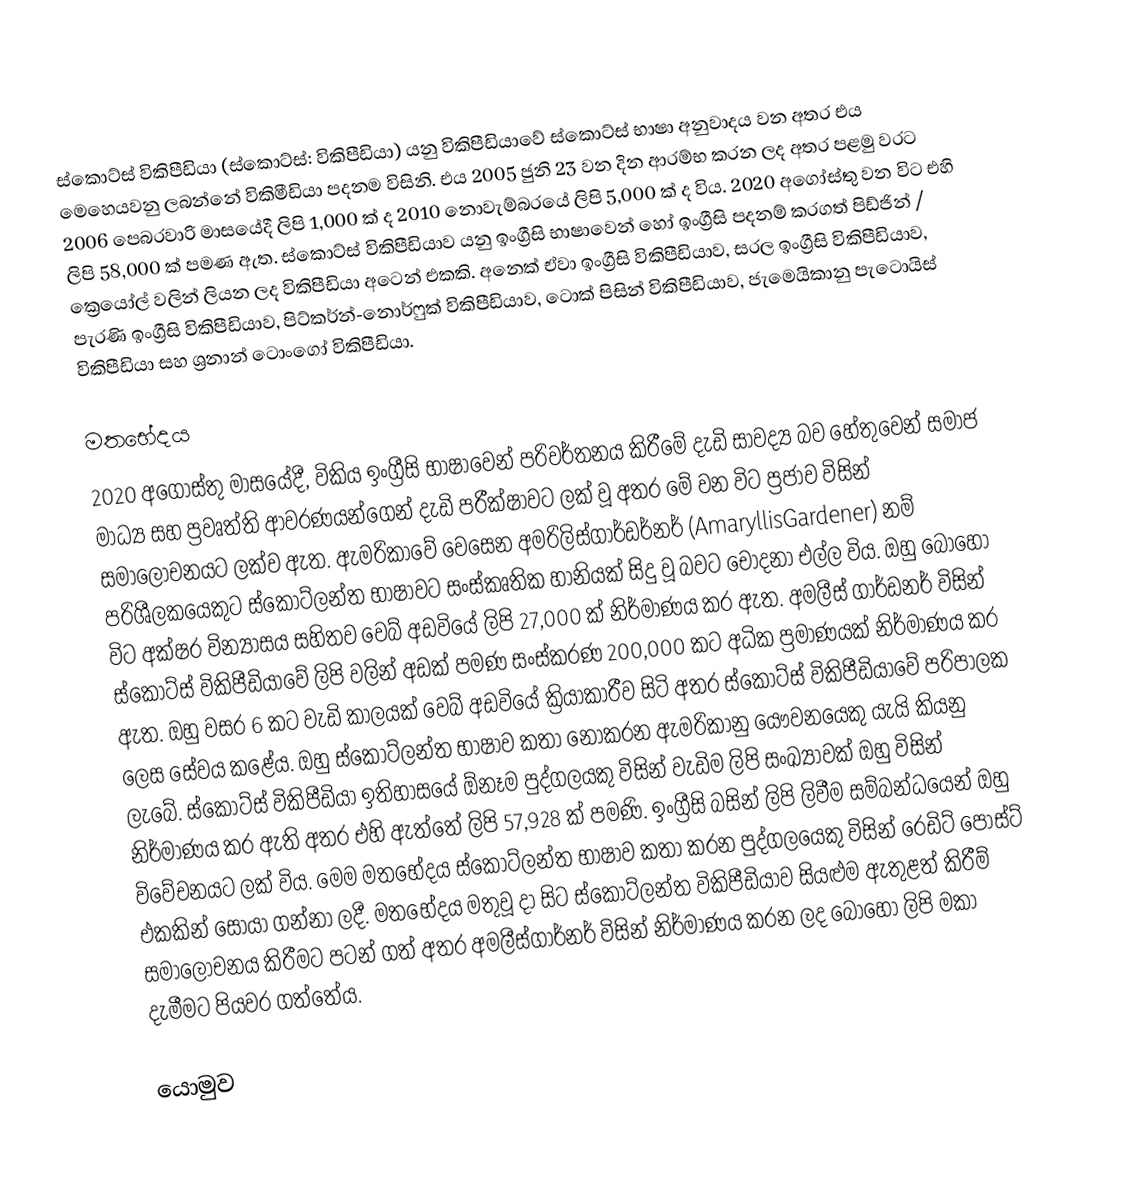
ස්කොට්ස් විකිපීඩියා (ස්කොට්ස්: විකිපීඩියා) යනු විකිපීඩියාවේ ස්කොට්ස් භාෂා අනුවාදය වන අතර එය මෙහෙයවනු ලබන්නේ විකිමීඩියා පදනම විසිනි. එය 2005 ජුනි 23 වන දින ආරම්භ කරන ලද අතර පළමු වරට 2006 පෙබරවාරි මාසයේදී ලිපි 1,000 ක් ද 2010 නොවැම්බරයේ ලිපි 5,000 ක් ද විය. 2020 අගෝස්තු වන විට එහි ලිපි 58,000 ක් පමණ ඇත. ස්කොට්ස් විකිපීඩියාව යනු ඉංග්‍රීසි භාෂාවෙන් හෝ ඉංග්‍රීසි පදනම් කරගත් පිඩ්ජින් / ක්‍රෙයෝල් වලින් ලියන ලද විකිපීඩියා අටෙන් එකකි. අනෙක් ඒවා ඉංග්‍රීසි විකිපීඩියාව, සරල ඉංග්‍රීසි විකිපීඩියාව, පැරණි ඉංග්‍රීසි විකිපීඩියාව, පිට්කර්න්-නොර්ෆුක් විකිපීඩියාව, ටොක් පිසින් විකිපීඩියාව, ජැමෙයිකානු පැටොයිස් විකිපීඩියා සහ ශ්‍රනාන් ටොංගෝ විකිපීඩියා.

මතභේදය
2020 අගෝස්තු මාසයේදී, විකිය ඉංග්‍රීසි භාෂාවෙන් පරිවර්තනය කිරීමේ දැඩි සාවද්‍ය බව හේතුවෙන් සමාජ මාධ්‍ය සහ ප්‍රවෘත්ති ආවරණයන්ගෙන් දැඩි පරීක්ෂාවට ලක් වූ අතර මේ වන විට ප්‍රජාව විසින් සමාලෝචනයට ලක්ව ඇත. ඇමරිකාවේ වෙසෙන අමරිලිස්ගාර්ඩර්නර් (AmaryllisGardener) නම් පරිශීලකයෙකුට ස්කොට්ලන්ත භාෂාවට සංස්කෘතික හානියක් සිදු වූ බවට චෝදනා එල්ල විය. ඔහු බොහෝ විට අක්ෂර වින්‍යාසය සහිතව වෙබ් අඩවියේ ලිපි 27,000 ක් නිර්මාණය කර ඇත. අමලීස් ගාර්ඩනර් විසින් ස්කොට්ස් විකිපීඩියාවේ ලිපි වලින් අඩක් පමණ සංස්කරණ 200,000 කට අධික ප්‍රමාණයක් නිර්මාණය කර ඇත. ඔහු වසර 6 කට වැඩි කාලයක් වෙබ් අඩවියේ ක්‍රියාකාරීව සිටි අතර ස්කොට්ස් විකිපීඩියාවේ පරිපාලක ලෙස සේවය කළේය. ඔහු ස්කොට්ලන්ත භාෂාව කතා නොකරන ඇමරිකානු යෞවනයෙකු යැයි කියනු ලැබේ. ස්කොට්ස් විකිපීඩියා ඉතිහාසයේ ඕනෑම පුද්ගලයකු විසින් වැඩිම ලිපි සංඛ්‍යාවක් ඔහු විසින් නිර්මාණය කර ඇති අතර එහි ඇත්තේ ලිපි 57,928 ක් පමණි. ඉංග්‍රීසි බසින් ලිපි ලිවීම සම්බන්ධයෙන් ඔහු විවේචනයට ලක් විය. මෙම මතභේදය ස්කොට්ලන්ත භාෂාව කතා කරන පුද්ගලයෙකු විසින් රෙඩිට් පෝස්ට් එකකින් සොයා ගන්නා ලදී. මතභේදය මතුවූ දා සිට ස්කොට්ලන්ත විකිපීඩියාව සියළුම ඇතුළත් කිරීම් සමාලෝචනය කිරීමට පටන් ගත් අතර අමලීස්ගාර්නර් විසින් නිර්මාණය කරන ලද බොහෝ ලිපි මකා දැමීමට පියවර ගත්තේය.

යොමුව